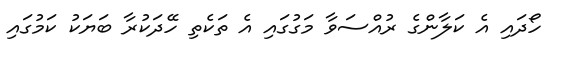
ހޯދައި އެ ކަލާންގެ ރުއްސަވާ މަގުގައި އެ ތަކެތި ހޭދަކުރާ ބަޔަކު ކަމުގައި